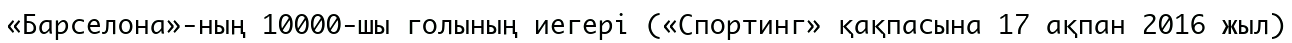
«Барселона»-ның 10000-шы голының иегері («Спортинг» қақпасына 17 ақпан 2016 жыл)